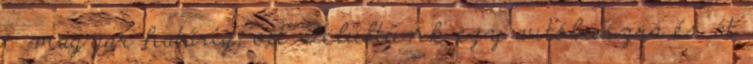
- magyar határig, ott Felültünk egy autóbuszra és át